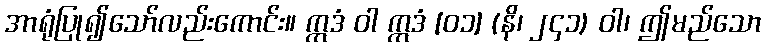
အာရုံပြု၍သော်လည်းကောင်း။ ဣဒံ ဝါ ဣဒံ [၀၁] (နိ၊ ၂၄၁) ဝါ၊ ဤမည်သော